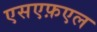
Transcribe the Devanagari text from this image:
एसएफ़एल